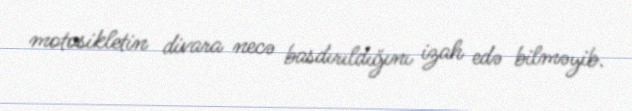
motosikletin divara necə basdırıldığını izah edə bilməyib.